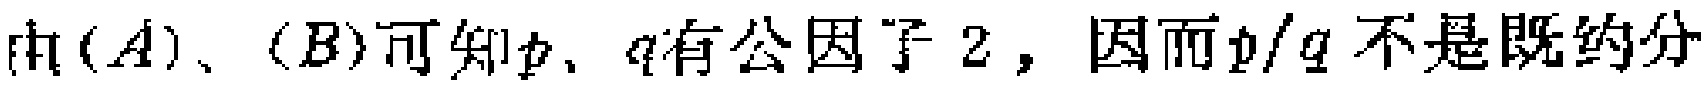
由$(A)$、$(B)$可知$p$、$q$有公因子$2$，因而$p/q$不是既约分